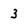
Character: 3